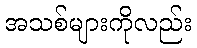
အသစ်များကိုလည်း